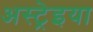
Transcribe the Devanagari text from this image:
अस्ट्रेइया